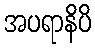
အပရာနိပိ